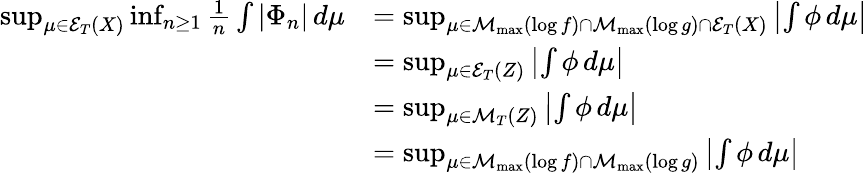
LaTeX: \begin{array}{rl}{\operatorname*{sup}_{\mu\in\mathcal{E}_{T}(X)}\operatorname*{inf}_{n\geq 1}\frac{1}{n}\int|\Phi_{n}|\, d\mu}&{=\operatorname*{sup}_{\mu\in\mathcal{M}_{\operatorname*{max}}(\log f)\cap\mathcal{M}_{\operatorname*{max}}(\log g)\cap\mathcal{E}_{T}(X)}\left|\int\phi\, d\mu\right|}\\ &{=\operatorname*{sup}_{\mu\in\mathcal{E}_{T}(Z)}\left|\int\phi\, d\mu\right|}\\ &{=\operatorname*{sup}_{\mu\in\mathcal{M}_{T}(Z)}\left|\int\phi\, d\mu\right|}\\ &{=\operatorname*{sup}_{\mu\in\mathcal{M}_{\operatorname*{max}}(\log f)\cap\mathcal{M}_{\operatorname*{max}}(\log g)}\left|\int\phi\, d\mu\right|}\end{array}